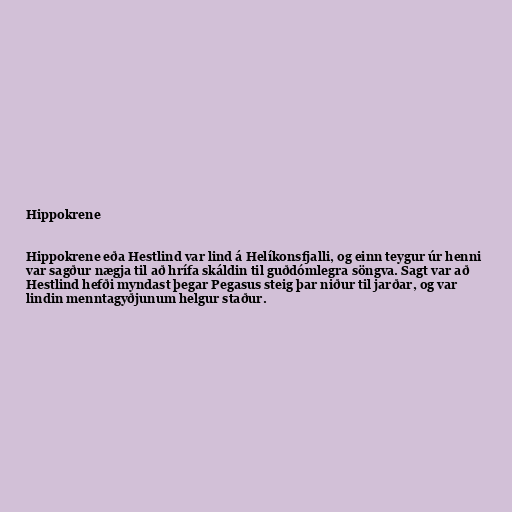
Hippokrene

Hippokrene eða Hestlind var lind á Helíkonsfjalli, og einn teygur úr henni
var sagður nægja til að hrífa skáldin til guðdómlegra söngva. Sagt var að
Hestlind hefði myndast þegar Pegasus steig þar niður til jarðar, og var
lindin menntagyðjunum helgur staður.